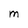
Character: M